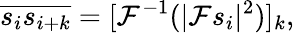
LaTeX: \overline{{s_{i}s_{i+k}}}=[\mathcal{F}^{-1}(|\mathcal{F}s_{i}|^{2})]_{k},